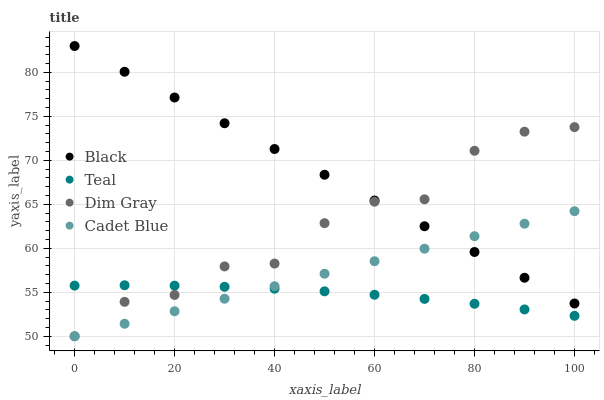
| xaxis_label | Black | Teal | Dim Gray | Cadet Blue |
 | --- | --- | --- | --- | --- |
 | 0 | 83 | 55.8 | 50 | 50 |
 | 10 | 80.1 | 55.8 | 53.9 | 51.4 |
 | 20 | 77.1 | 55.8 | 54.7 | 52.8 |
 | 30 | 74.2 | 55.6 | 57.9 | 54.3 |
 | 40 | 71.3 | 55.4 | 58.3 | 55.7 |
 | 50 | 68.4 | 55.1 | 62.9 | 57.1 |
 | 60 | 65.4 | 54.7 | 65.3 | 58.5 |
 | 70 | 62.5 | 54.2 | 65.6 | 60 |
 | 80 | 59.6 | 53.7 | 71.1 | 61.4 |
 | 90 | 56.7 | 53 | 73.3 | 62.8 |
 | 100 | 53.7 | 52.3 | 73.8 | 64.2 |